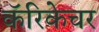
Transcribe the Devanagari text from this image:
कॅरिकेचर